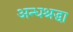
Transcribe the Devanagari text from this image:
अन्धश्रद्धा